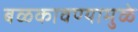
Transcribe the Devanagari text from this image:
बळकावण्यामुळे